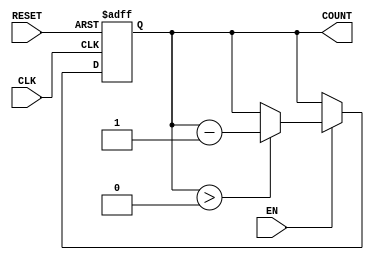
module decremental_counter (
    input wire CLK,        // Clock signal
    input wire RESET,      // Asynchronous reset signal
    input wire EN,        // Enable signal
    output reg [3:0] COUNT // 4-bit counter output (adjust size as needed)
);

// Parameter for initial value
parameter INITIAL_VALUE = 4'b1111; // Example: counting down from 15

// Always block for counter operation
always @(posedge CLK or posedge RESET) begin
    if (RESET) begin
        COUNT <= INITIAL_VALUE; // Set counter to initial value on reset
    end else if (EN) begin
        if (COUNT > 0) begin
            COUNT <= COUNT - 1; // Decrement counter if greater than zero
        end
        // If COUNT is 0, it holds the value at zero
    end
    // If EN is low, COUNT retains its current value
end

endmodule